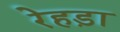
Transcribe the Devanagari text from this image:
रेहड़ा